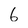
Character: 6